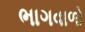
ભાગવાળો